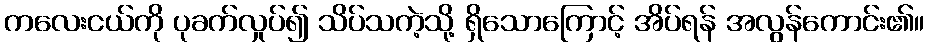
ကလေးငယ်ကို ပုခက်လှုပ်၍ သိပ်သကဲ့သို့ ရှိသောကြောင့် အိပ်ရန် အလွန်ကောင်း၏။